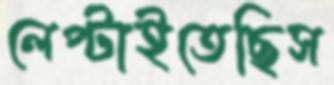
লেপ্‌টাইতেছিস